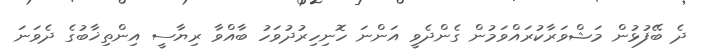
ދެ ބޭފުޅުން މަޝްވަރާކުރައްވަމުން ގެންދެވީ އަންނަ ހޮނިހިރުދުވަހު ބާއްވާ ރިޔާސީ އިންތިޚާބުގެ ދެވަނަ